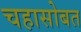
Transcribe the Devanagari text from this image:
चहासोबत